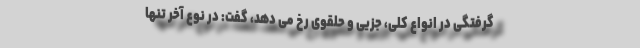
گرفتگی در انواع کلی، جزیی و حلقوی رخ می دهد، گفت: در نوع آخر تنها